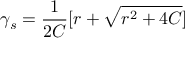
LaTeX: \gamma _ { s } = \frac { 1 } { 2 C } [ r + \sqrt { r ^ { 2 } + 4 C } ]